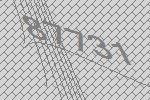
87731